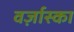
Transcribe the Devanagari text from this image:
वर्ज़ास्का